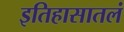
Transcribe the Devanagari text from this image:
इतिहासातलं